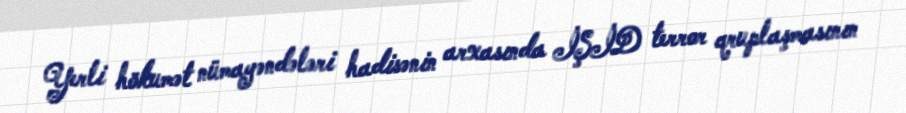
Yerli hökumət nümayəndələri hadisənin arxasında İŞİD terror qruplaşmasının